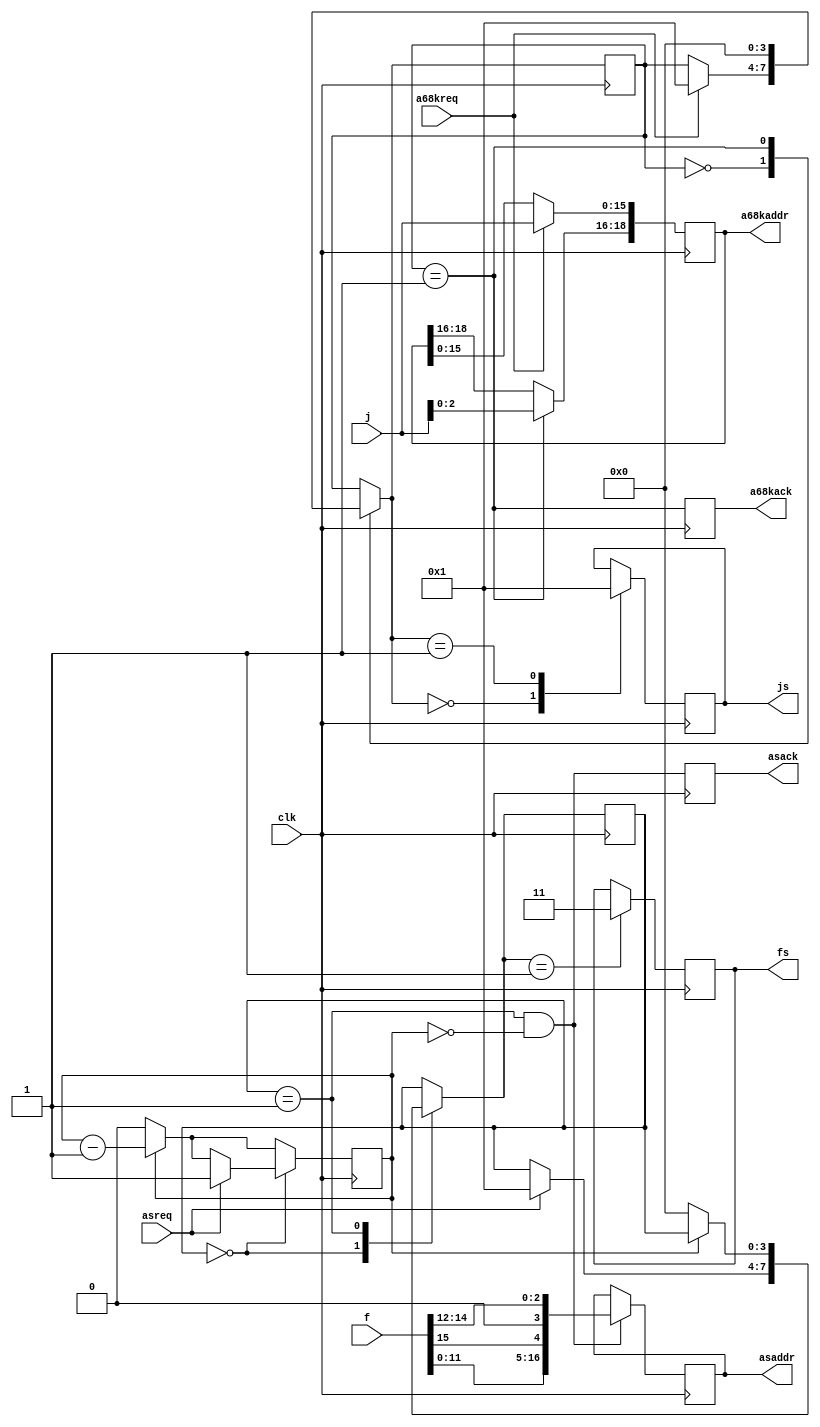
`default_nettype none

module buscpld(
	input wire clk,
	
	output reg [1:0] js,
	input wire [15:0] j,
	
	output reg [1:0] fs,
	input wire [15:0] f,
	
	input wire a68kreq,
	output reg [18:0] a68kaddr,
	output reg a68kack,
	
	input wire asreq,
	output reg [16:0] asaddr,
	output reg asack
);

	reg [3:0] pstate, pstate_;
	reg [3:0] cstate, cstate_;
	localparam PDELAY = 0;
	localparam CDELAY = 1;
	
	reg cctr, cctr_;
	
	localparam IDLE = 0;
	localparam A68K0 = 1;
	
	localparam AS = 1;
	
	initial pstate = IDLE;
	
	always @(posedge clk) begin
		pstate <= pstate_;
		
		case(pstate_)
		IDLE: js <= 2'b00;
		A68K0: js <= 2'b01;
		endcase
		
		if(a68kreq)
			a68kaddr[15:0] <= j;
		if(pstate == A68K0)
			a68kaddr[18:16] <= j[2:0];
		a68kack <= pstate == A68K0;
	end
	
	always @(*) begin
		pstate_ = pstate;

		case(pstate)
		IDLE: begin
			if(a68kreq) begin
				pstate_ = A68K0;
			end
		end
		A68K0: pstate_ = IDLE;
		endcase
	end
	
	initial cstate = IDLE;
	
	always @(posedge clk) begin
		cstate <= cstate_;
		cctr <= cctr_;
		
		case(cstate_)
		AS: fs <= 2'b11;
		endcase
		
		if(cstate == AS && cctr == 0)
			asaddr <= {f[11:0], f[15], 1'b0, f[14:12]};
		asack <= cstate == AS && cctr == 0;
	end
	
	always @(*) begin
		cstate_ = cstate;
		cctr_ = cctr == 0 ? 0 : cctr - 1;
		
		case(cstate)
		IDLE:
			if(asreq) begin
				cstate_ = AS;
				cctr_ = CDELAY;
			end
		AS:
			if(cctr == 0)
				cstate_ = IDLE;
		endcase
	end

endmodule